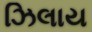
ઝિલાય